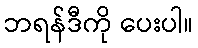
ဘရန်ဒီကို ပေးပါ။